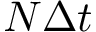
N \Delta t